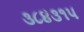
૩૮૪૩૧૫